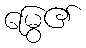
မြွေ၏